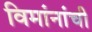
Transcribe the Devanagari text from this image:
विमांनांची